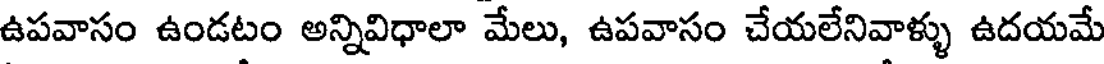
ఉపవాసం ఉండటం అన్నివిధాలా మేలు, ఉపవాసం చేయలేనివాళ్ళు ఉదయమే